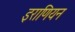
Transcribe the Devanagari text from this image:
इराणियन